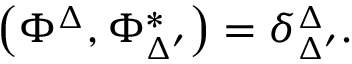
\left( \Phi ^ { \Delta } , \Phi _ { \Delta ^ { \prime } } ^ { * } \right) = \delta _ { \Delta ^ { \prime } } ^ { \Delta } .